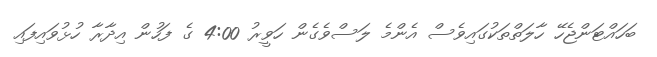
ބަހައްޓަންޖެހޭ ހާލަތްތަކުގައިވެސް އެންމެ ލަސްވެގެން ހަވީރު 4:00 ގެ ފަހުން އިދާރާ ހުޅުވައިފައި